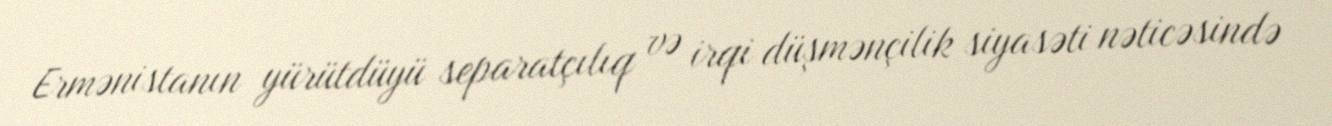
Ermənistanın yürütdüyü separatçılıq və irqi düşmənçilik siyasəti nəticəsində